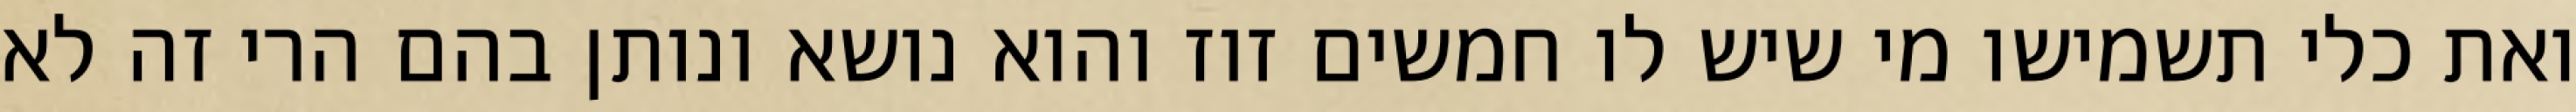
ואת כלי תשמישו מי שיש לו חמשים זוז והוא נושא ונותן בהם הרי זה לא